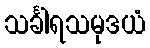
သင်္ခါရသမုဒယံ